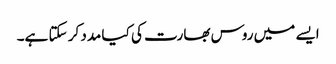
ایسے میں روس بھارت کی کیا مدد کر سکتا ہے۔